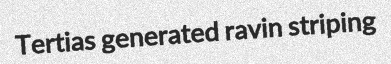
Tertias generated ravin striping